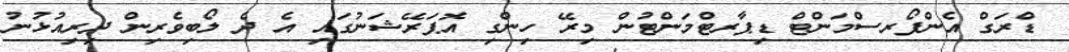
ޑްރަގް އެންފޯރސްމަންޓް ޑިޕާރޓްމަންޓުން މިރޭ ހިންގި އޮޕަރޭޝަނުގައި އެ ދެ ލޯބިވެރިން ދިރިއުޅުނު